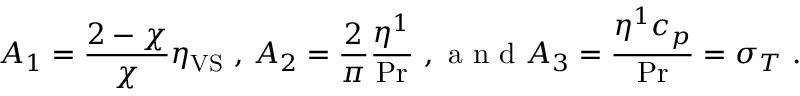
A _ { 1 } = \frac { 2 - \chi } { \chi } \eta _ { \mathrm { V S } } \mathrm { ~ , ~ } A _ { 2 } = \frac { 2 } { \pi } \frac { \eta ^ { 1 } } { \operatorname* { P r } } \mathrm { ~ , ~ a ~ n ~ d ~ } A _ { 3 } = \frac { \eta ^ { 1 } c _ { p } } { \operatorname* { P r } } = \sigma _ { T } \mathrm { ~ . ~ }